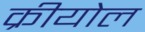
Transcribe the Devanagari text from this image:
क्रीयोल